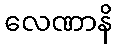
လေဏာနိ